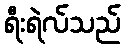
ရီးရဲလ်သည်